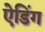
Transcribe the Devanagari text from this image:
ऐडिंग